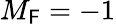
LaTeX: M_{\mathsf{F}}=-1